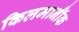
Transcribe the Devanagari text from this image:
किलमार्नॉक